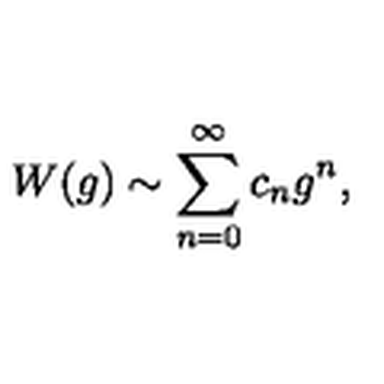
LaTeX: W ( g ) \sim \sum _ { n = 0 } ^ { \infty } c _ { n } g ^ { n } ,